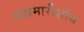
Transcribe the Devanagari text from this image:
महामारीशोथ